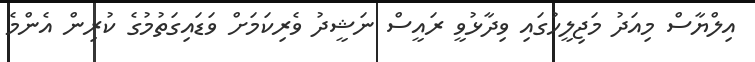
އިލްޔާސް މިއަދު މަޖިލީހުގައި ވިދާޅުވީ ރައީސް ނަޝީދު ވެރިކަަމަށް ވަޑައިގަތުމުގެ ކުރިން އެންމެ